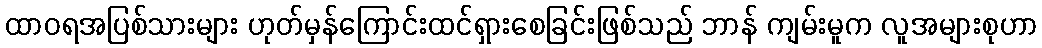
ထာဝရအပြစ်သားများ ဟုတ်မှန်ကြောင်းထင်ရှားစေခြင်းဖြစ်သည် ဘာန် ကျမ်းမူက လူအများစုဟာ